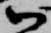
御